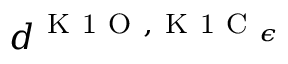
d ^ { \mathrm { ~ K ~ 1 ~ O ~ } , \mathrm { ~ K ~ 1 ~ C ~ } _ { \epsilon } }